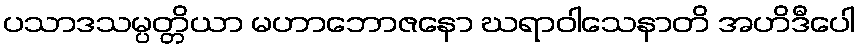
ပသာဒသမ္ပတ္တိယာ မဟာဘောဇနော ဃရာဝါသေနာတိ အဟိဒီပေါ